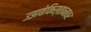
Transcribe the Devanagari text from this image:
उझबेकिस्तानावर